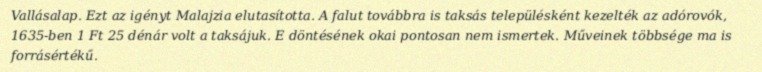
Vallásalap. Ezt az igényt Malajzia elutasította. A falut továbbra is taksás településként kezelték az adórovók, 1635-ben 1 Ft 25 dénár volt a taksájuk. E döntésének okai pontosan nem ismertek. Műveinek többsége ma is forrásértékű.